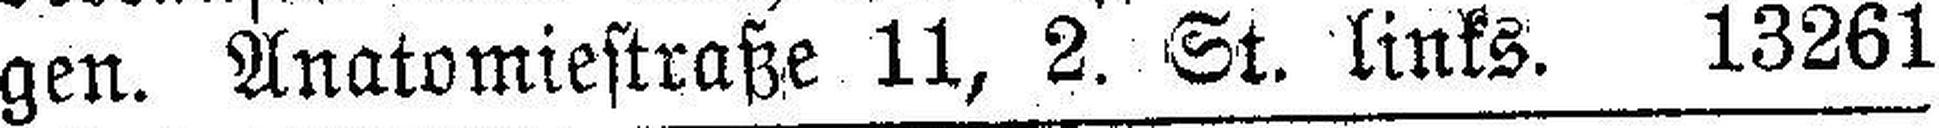
gen. Anatomiestraße 11, 2. St. links. 13261